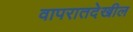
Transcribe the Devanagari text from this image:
वापरातदेखील